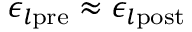
\epsilon _ { l \mathrm { p r e } } \approx \epsilon _ { l \mathrm { p o s t } }